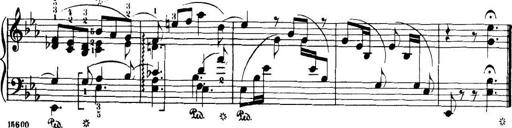
Title: 32 Sonatinas and Rondos for the Piano
Composer: Richard Kleinmichel